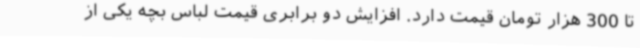
تا 300 هزار تومان قیمت دارد. افزایش دو برابری قیمت لباس بچه یکی از